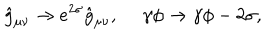
LaTeX: \hat { g } _ { \mu \nu } \to e ^ { 2 \sigma } \hat { g } _ { \mu \nu } , \ \gamma \phi \to \gamma \phi - 2 \sigma ,